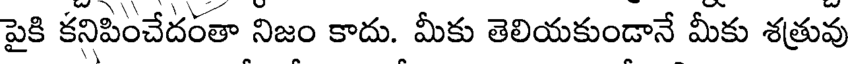
పైకి కనిపించేదరతా నిజం కాదు. మీకు తెలియకుండానే మీకు శత్రువు